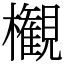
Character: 𣠤